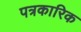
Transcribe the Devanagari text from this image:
पत्रकारिक